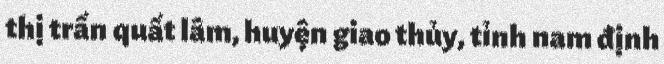
thị trấn quất lâm, huyện giao thủy, tỉnh nam định